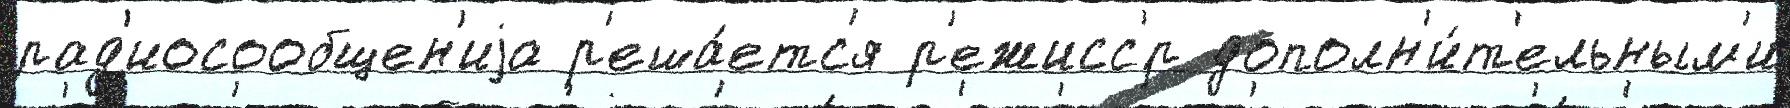
рад'иосообщен'иjа р'еша́етс'я р'ежисс'́р дополн'и́т'ельным'и